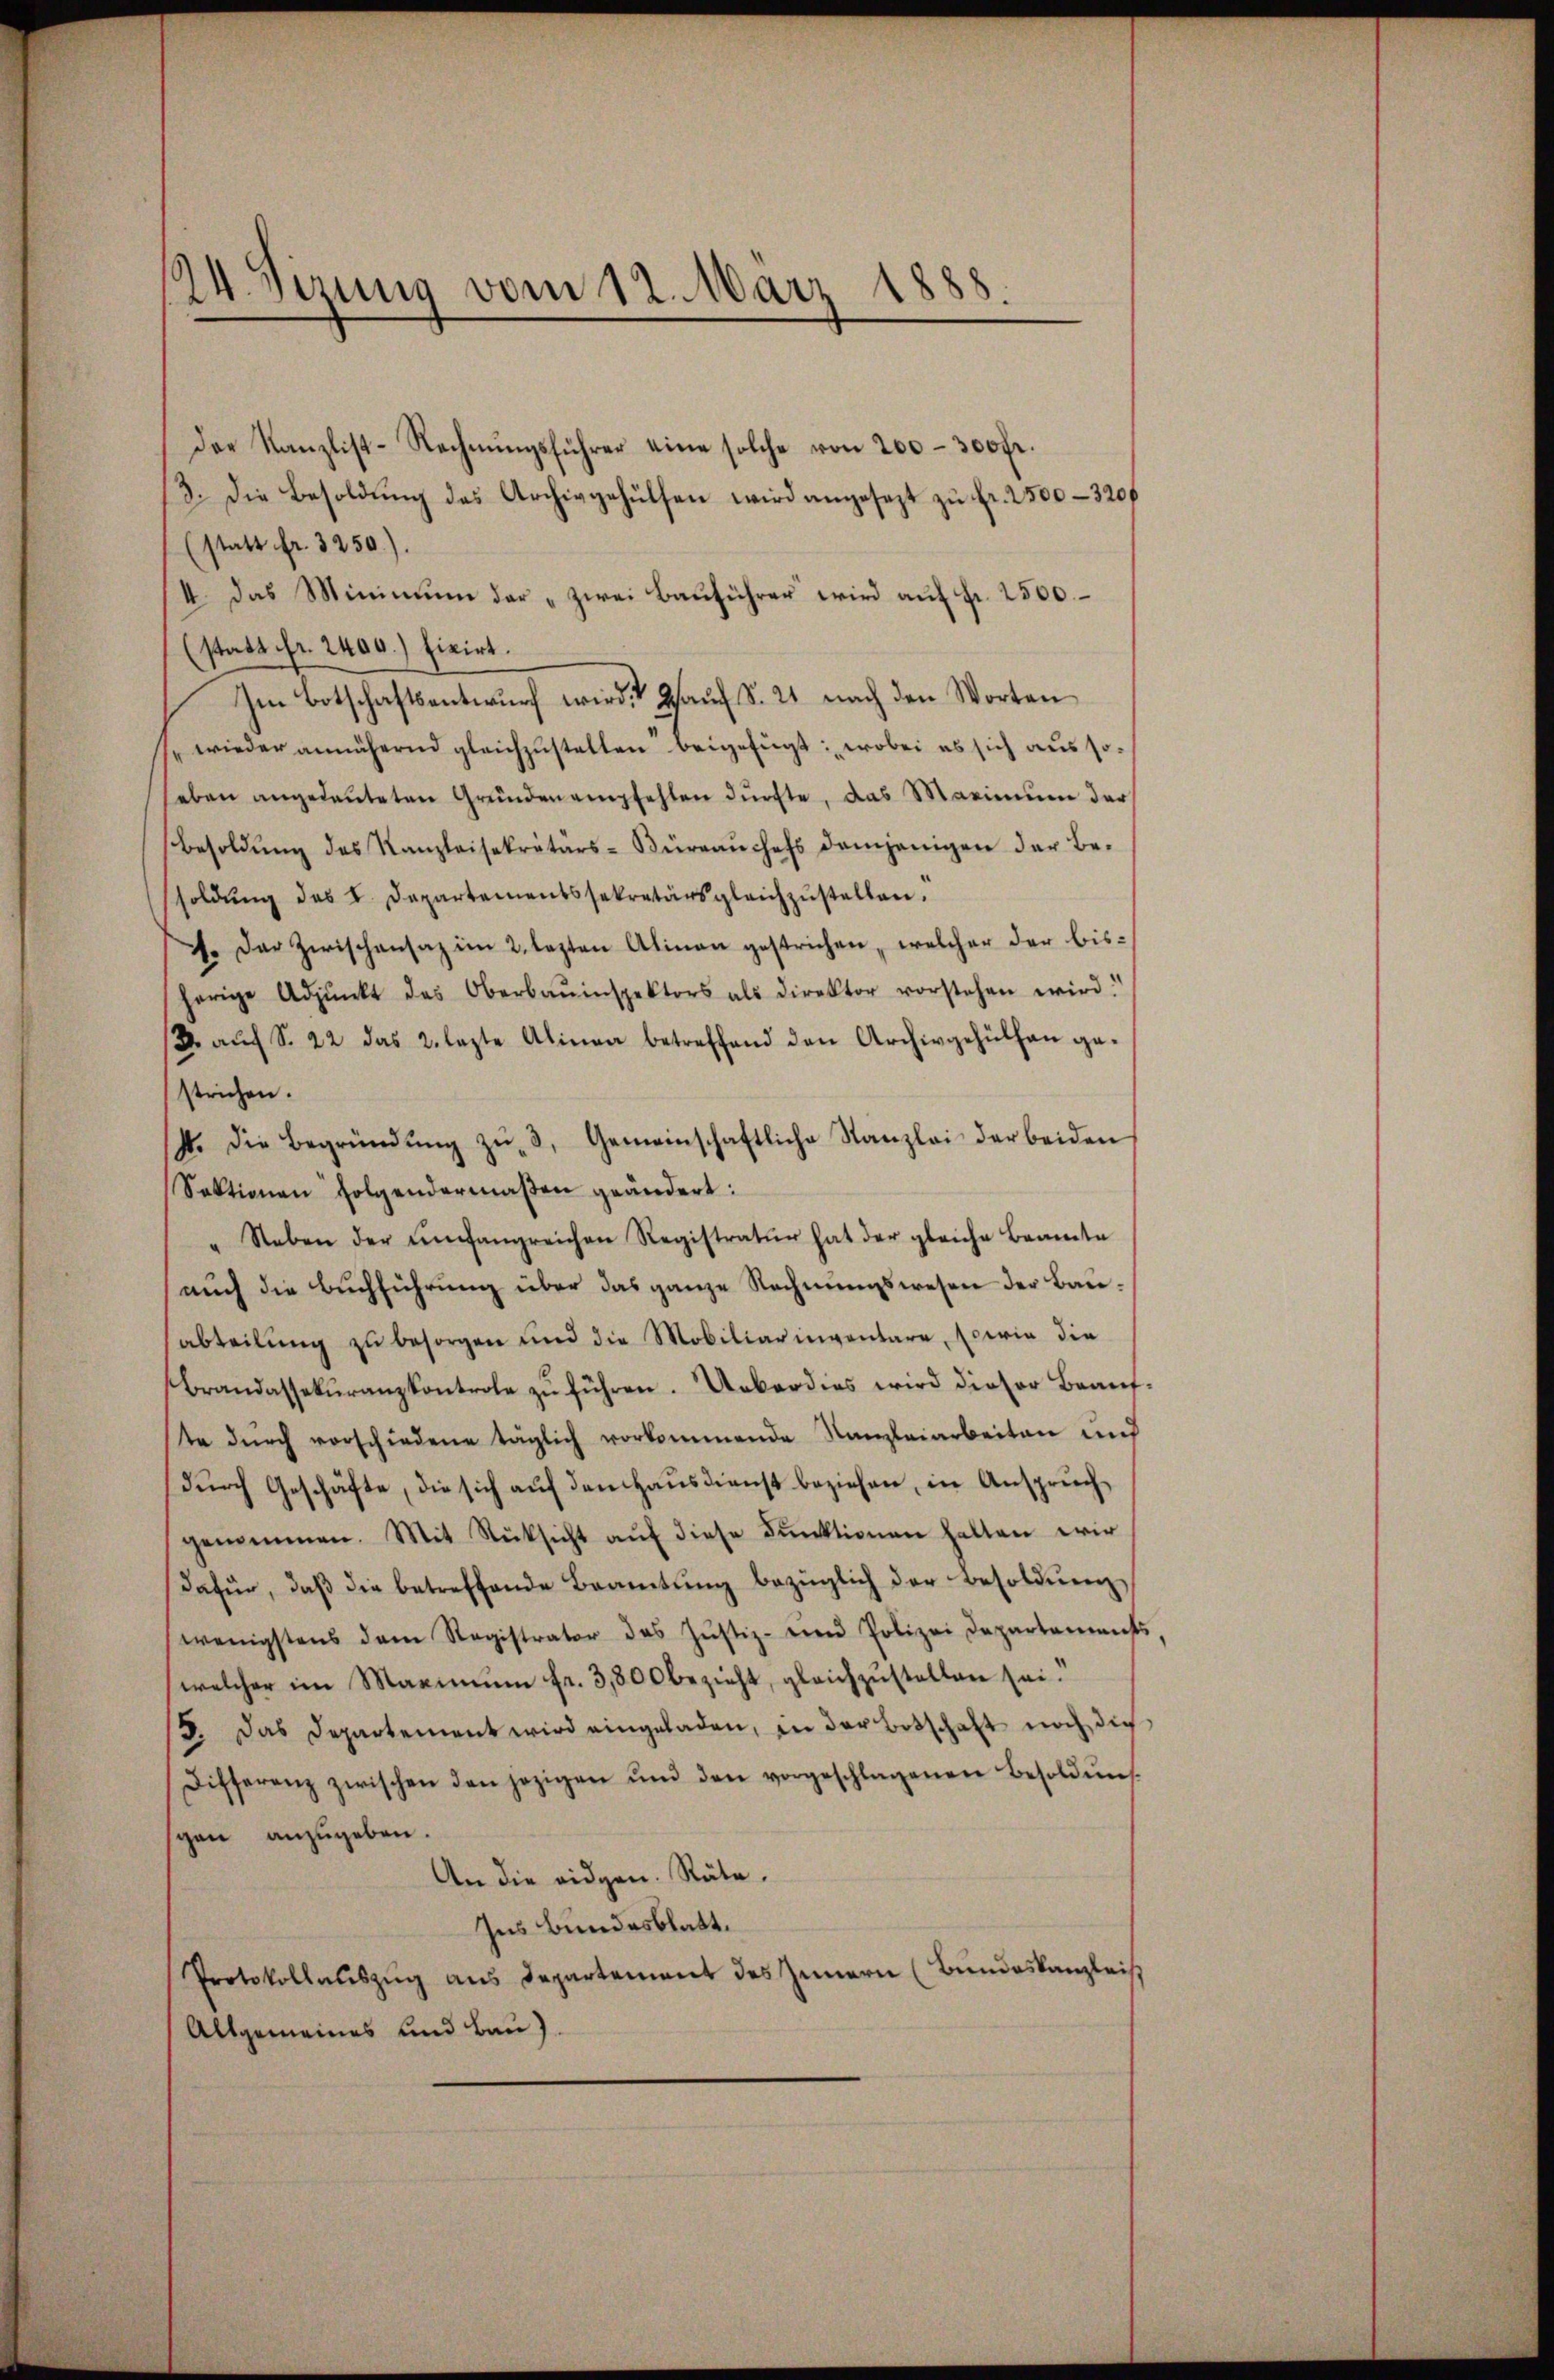
Der Kanzlist-Rechnŭngsführer eine solche von 200–300 fr.
3. Die Besoldung des Archivgehülfen wird angesezt zu Fr. 2500-320f
(statt fr. 3250).
I. Das Minimŭm der „zwei Bauführer wird aŭf Fr. 2500
(statt fr. 2400.) Fixirt.
Im Botschaftsentwurf wird. Hauf S. 21 nach den Worten
. wieder annähernd gleichzustellen beigefügt: wobei es sich aus soseben angedeuteten Gründen empfehlen dürfte, das Marinum der
Besoldŭng des Kanzleisekretärs-Büreaŭchefs demjenigen der Be-
soldŭng des L. Departementssekretärsgleichzŭstellen.
77. Der Zwischensaz im 2. lezten Alinen gestrichen, welcher der bisherige Adpŭnkt des Oberbauinspektors als direktor vorstehen wird.
2. aŭf S. 22 das 2. lezte Alinea betreffend den Archivgehülfen ge-
strichen.
4. Die Begründŭng zŭ 3, Gemeinschaftliche Kanzlei der beiden
Sektionen folgendermaßen geändert:
"Neben der Umfangreichen Registratur hat der gleiche Beamte
auch die Buchführung über das ganze Rechnungswesen der Bauabteilŭng zŭ besorgen und die Mobiliar inventare, sowie die
Brandassekuranzkontrole zu führen. Ueberdies wird dieser Beaufte dŭrch vorschiedene täglich vorkommende Kanzleiarbeiten und
durch Geschäfte, die sich auf den Hausdienst beziehen, in Anspruchgenommen. Mit Rücksicht aŭf diese Funktionen halten wir
dafür, daβ die betreffende Beamtŭng bezüglich der Besoldŭng
wenigstens dem Registrator des Jŭstiz- eine Polizei Departements,
welcher im Maximŭm fr. 3,800 bezieht, gleichzŭstellen sei.
8. Das Departement wird eingeladen, in der Botschaft noch die
Differenz zwischen den jezigen ŭm den vorgeschlagenen Besoldŭns
gen anzugeben.
An die eidgen. Räte.
Ins Bundesblatt.
Protokollauszug aus Departement des Innern (Bundeskanzlei.
Allgemeines und Bau).

d
4 Sizung vom 12. März 188